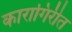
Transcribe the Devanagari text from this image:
कारागिरीत